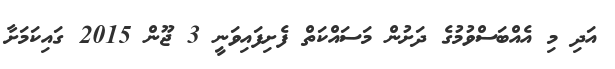
އަދި މި އެއްބަސްވުމުގެ ދަށުން މަސައްކަތް ފެށިފައިވަނީ 3 ޖޫން 2015 ގައިކަމަށާ